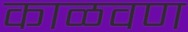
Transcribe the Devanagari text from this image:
काळवण